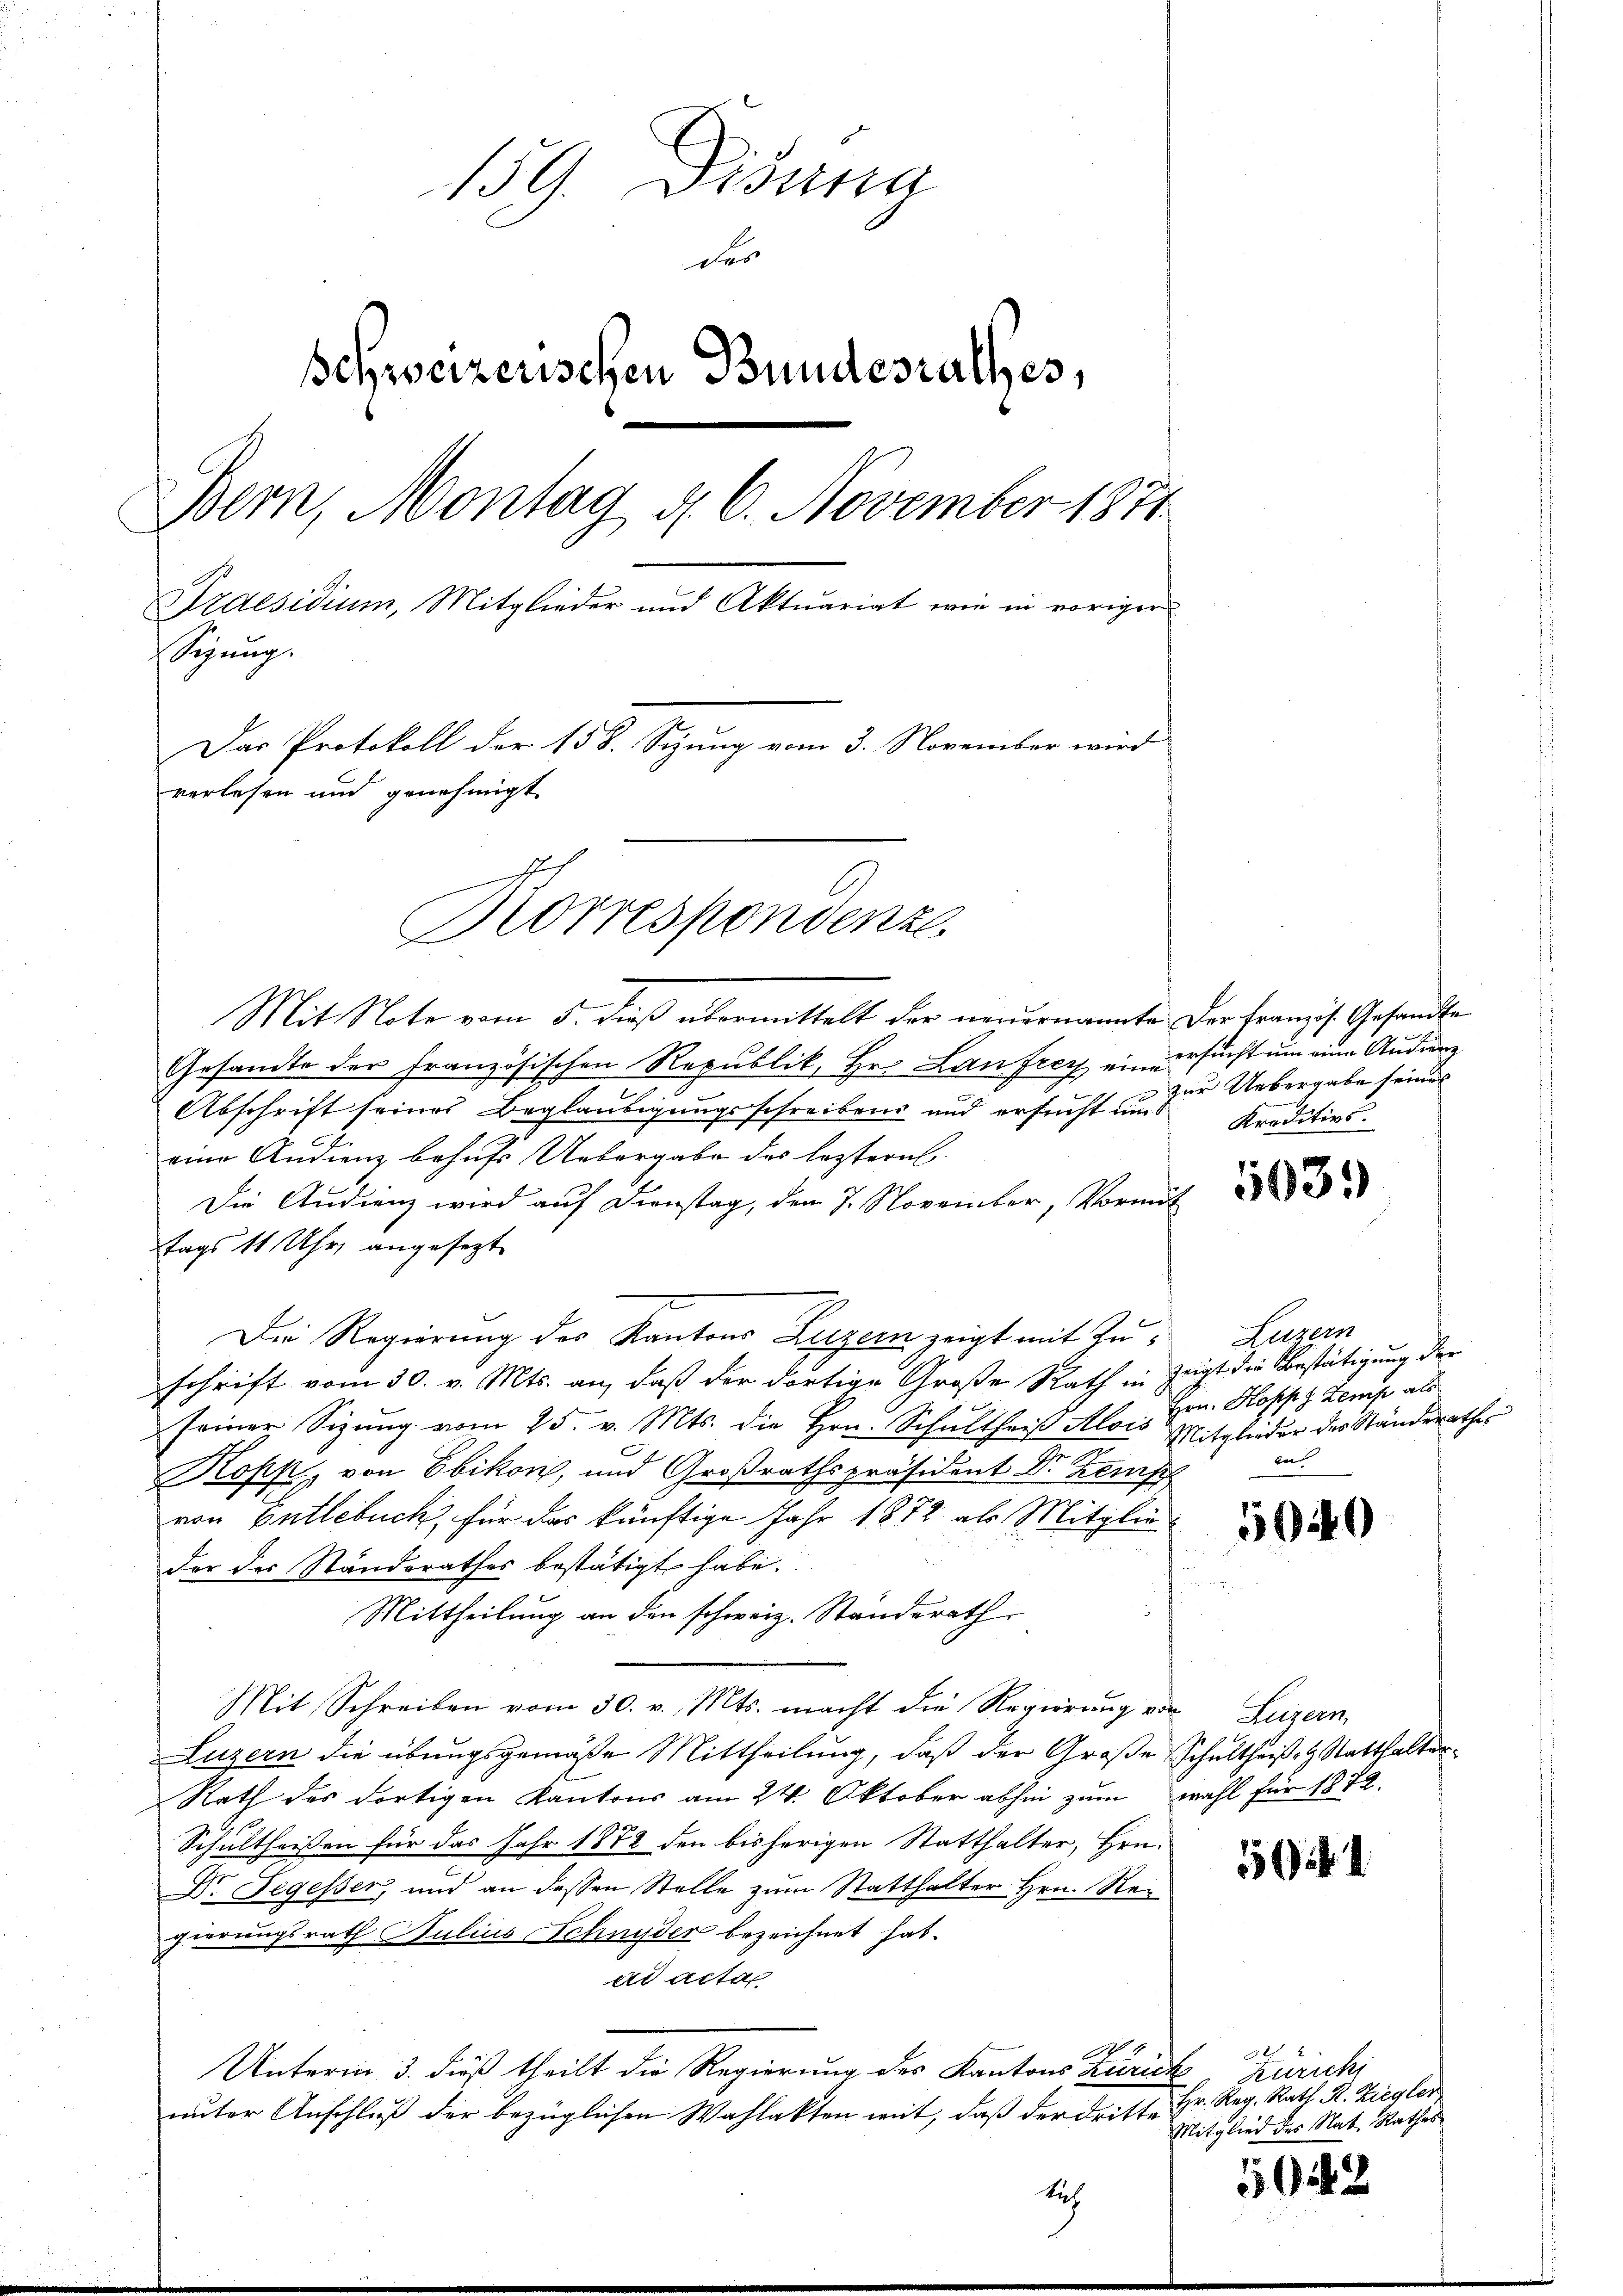
159. Disena
der
schweizerischen Bundesrathes,
Bern, Montag d. 6. November 1871
Praesidium, Mitglieder und Aktuariat wie in voriger
Sigung.
Das Protokoll der 158. Sizung vom 3. November wird
verlesen und genehmigt
Korrespondenze

Mit Note vom 5. dieß übermittelt der neuernannte der Französ. Gesandte
Gesandte der französischen Republik, Hr. Laufrey eine ersucht um eine Andrang
Abschrift seines Beglaubigungsschreiben und erfruht um Kreditivs.
eine Andienz behufs Uebergabe des leztern
Die Audienz wird auf Dienstag, den 7. November, Vormit
tags 11 Uhr, angesagt
Die Regierung des Kantons Luzern zeigt mit Zuschrift vom 30. v. Mts. an, daß der dortige Große Rath in zeigt die Bestätigung der
seiner Sigŭng vom 25. v. Mts. die Hrn. Schultheiß Alois Mitglieder des Ständerathes
Kopk, von Ebikon, und Großrathspräsident Dr Zens
von Entlebuch, für das künftige Jahr 1872 als Mitglie-
der des Standsrathes bestätigt habe.
Mittheilung an den schweiz. Standerath
Mit Schreiben vom 30. v. Mts. macht die Regierŭng von Luzern,
Luzern die übungsgemäße Mittheilung, daß der Große Schultheiße H. Statthalter
Rath des dortigen Kantons am 24. Oktober abhin zum wahl für 1872.
Schultheißen für das Jahr 1872 den bisherigen Statthalter, Hrn.
Dr. Segesser, und an dessen Stelle zum Statthalter Hrn. Regierungsrath Julius Schnyder bezeichnet hat.
ad acta
A 4
Unterm 3. dieß theilt die Regierung des Kantons Zurick
unter Anschluß der bezüglichen Wahlakten weit, daß der dritte Hr. Reg. Rath R. Ziegler

Rich

zur Uebergabe seines

5039)

Luzern
Hrn. Kopp, Zeich als
be

5040

5 1

zurich
Mitglied des Nat. Rathes

1612